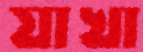
যাখা